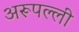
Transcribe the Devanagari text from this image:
अरूपल्ली